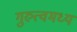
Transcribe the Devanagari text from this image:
गुरुत्वमध्य